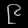
Digit: ၉